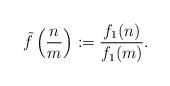
LaTeX: \begin{align*}\tilde{f}\left( \frac{n}{m} \right) := \frac{f_1(n)}{f_1(m)}.\end{align*}